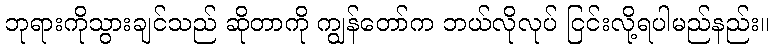
ဘုရားကိုသွားချင်သည် ဆိုတာကို ကျွန်တော်က ဘယ်လိုလုပ် ငြင်းလို့ရပါမည်နည်း။